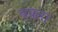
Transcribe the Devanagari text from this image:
बक़रा